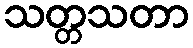
သတ္တသတာ